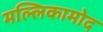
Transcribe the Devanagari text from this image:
मल्लिकामोद